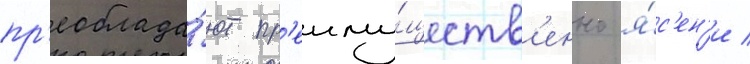
пр'еоблада́ют пр'еиму́ществ'енно я́с'ен'и /